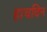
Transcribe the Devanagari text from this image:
हाचविन